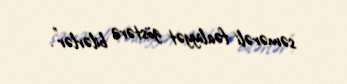
səmərəli fəaliyyət göstərə bilərlər”.